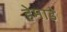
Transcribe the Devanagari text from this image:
हेमाडे